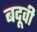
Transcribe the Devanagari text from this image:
बदूवी